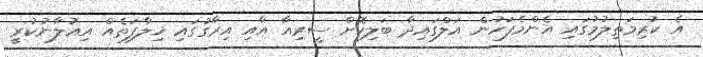
އެ ކުރިމަތިލުމުގައި އެންމެފަހުން އަލްގައިދާ ބަލިކޮށް ސީރިއާ އާއި އިރާގުގައި ޚިލާފަތެއް އިއުލާނުކުރީ